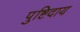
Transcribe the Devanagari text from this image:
पुष्टिदाय